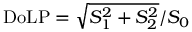
\mathrm { D o L P } = \sqrt { S _ { 1 } ^ { 2 } + S _ { 2 } ^ { 2 } } / S _ { 0 }